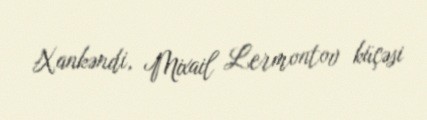
Xankəndi, Mixail Lermontov küçəsi